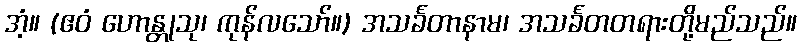
အံ့။ (ဧဝံ ဟောန္တုသု၊ ကုန်လသော်။) အသင်္ခတာနာမ၊ အသင်္ခတတရားတို့မည်သည်။